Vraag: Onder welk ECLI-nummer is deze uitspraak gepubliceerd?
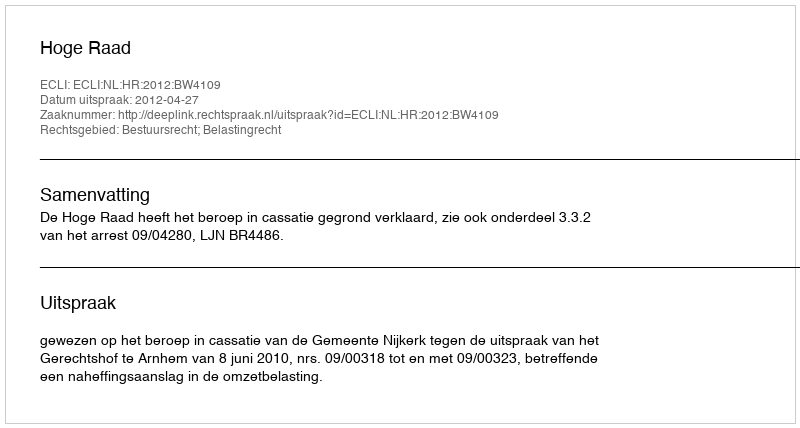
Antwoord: ECLI:NL:HR:2012:BW4109